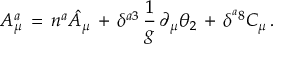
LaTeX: A _ { \mu } ^ { a } \, = \, n ^ { a } \hat { A } _ { \mu } \, + \, \delta ^ { a 3 } \, \frac { 1 } { g } \, \partial _ { \mu } \theta _ { 2 } \, + \, \delta ^ { ^ a 8 } C _ { \mu } \, .